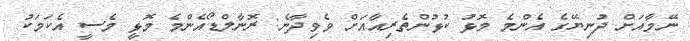
ނޭމާއަށް ދުނިޔޭގެ އެންމެ މޮޅު ކުޅުންތެރިއާއަށް ވެވިދާނެ: ރޮނާލްޑޯއެންމެ މޮޅީ މެސީ އެކަމަކު